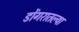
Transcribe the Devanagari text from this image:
डोंगरातल्या